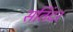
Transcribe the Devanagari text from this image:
सतिंदर